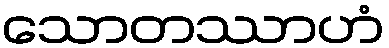
သောတဿာဟံ